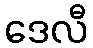
ဒေလီ